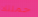
حملتك